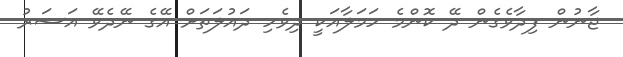
ޖާނުން ފިދާވެގެން ދޭ ކޮންމެ ހަމަލާއަކީ ދިވެހި ދައުލަތަށް އޭގެ ނޭދެވޭ އަސަރު